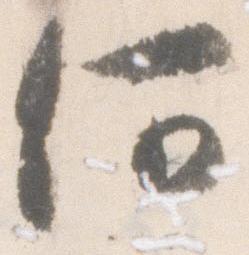
何